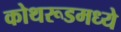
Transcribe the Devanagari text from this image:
कोथरूडमध्ये